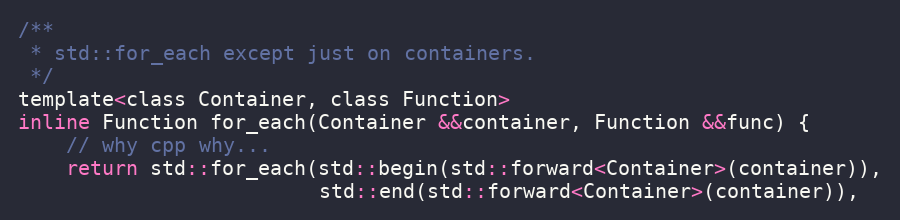
Language: C
/**
 * std::for_each except just on containers.
 */
template<class Container, class Function>
inline Function for_each(Container &&container, Function &&func) {
	// why cpp why...
	return std::for_each(std::begin(std::forward<Container>(container)),
	                     std::end(std::forward<Container>(container)),